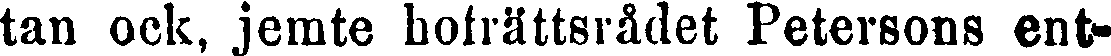
tan ock, jemte hofrättsrådet Petersons ent-